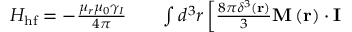
\begin{array} { r l r } { H _ { \mathrm { h f } } = - \frac { \mu _ { r } \mu _ { 0 } \gamma _ { I } } { 4 \pi } } & { { } } & { \int d ^ { 3 } r \left[ \frac { 8 \pi \delta ^ { 3 } \left( \mathbf { r } \right) } { 3 } \mathbf { M } \left( \mathbf { r } \right) \cdot \mathbf { I } \right. } \end{array}